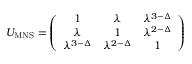
U _ { \mathrm { M N S } } = \left( \begin{array} { c c c } { { 1 } } & { { \lambda } } & { { \lambda ^ { 3 - \Delta } } } \\ { { \lambda } } & { { 1 } } & { { \lambda ^ { 2 - \Delta } } } \\ { { \lambda ^ { 3 - \Delta } } } & { { \lambda ^ { 2 - \Delta } } } & { { 1 } } \end{array} \right)